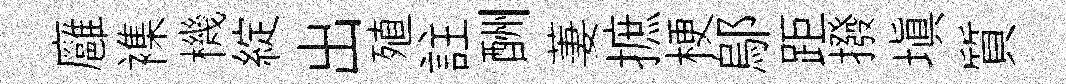
廱襍機綻出殖註酬萋摭梗鄔距撥填質